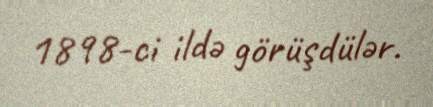
1898-ci ildə görüşdülər.